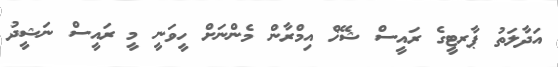
އަދާލަތު ޕާރޓީގެ ރައީސް ޝޭޚް އިމްރާން މެންނަށް ހީވަނީ މީ ރައީސް ނަޝީދު